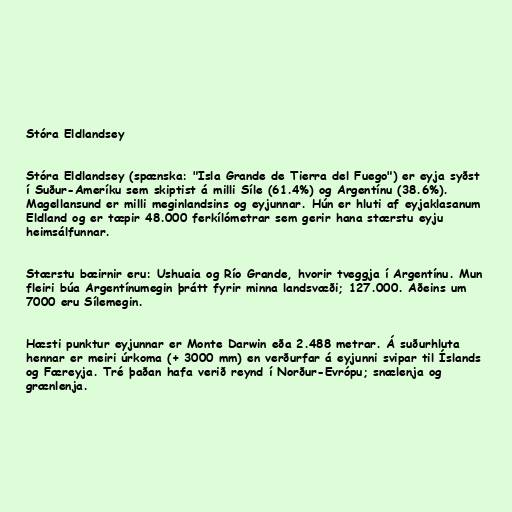
Stóra Eldlandsey

Stóra Eldlandsey (spænska: "Isla Grande de Tierra del Fuego") er eyja syðst
í Suður-Ameríku sem skiptist á milli Síle (61.4%) og Argentínu (38.6%).
Magellansund er milli meginlandsins og eyjunnar. Hún er hluti af eyjaklasanum
Eldland og er tæpir 48.000 ferkílómetrar sem gerir hana stærstu eyju
heimsálfunnar.

Stærstu bæirnir eru: Ushuaia og Río Grande, hvorir tveggja í Argentínu. Mun
fleiri búa Argentínumegin þrátt fyrir minna landsvæði; 127.000. Aðeins um
7000 eru Sílemegin.

Hæsti punktur eyjunnar er Monte Darwin eða 2.488 metrar. Á suðurhluta
hennar er meiri úrkoma (+ 3000 mm) en verðurfar á eyjunni svipar til Íslands
og Færeyja. Tré þaðan hafa verið reynd í Norður-Evrópu; snælenja og
grænlenja.